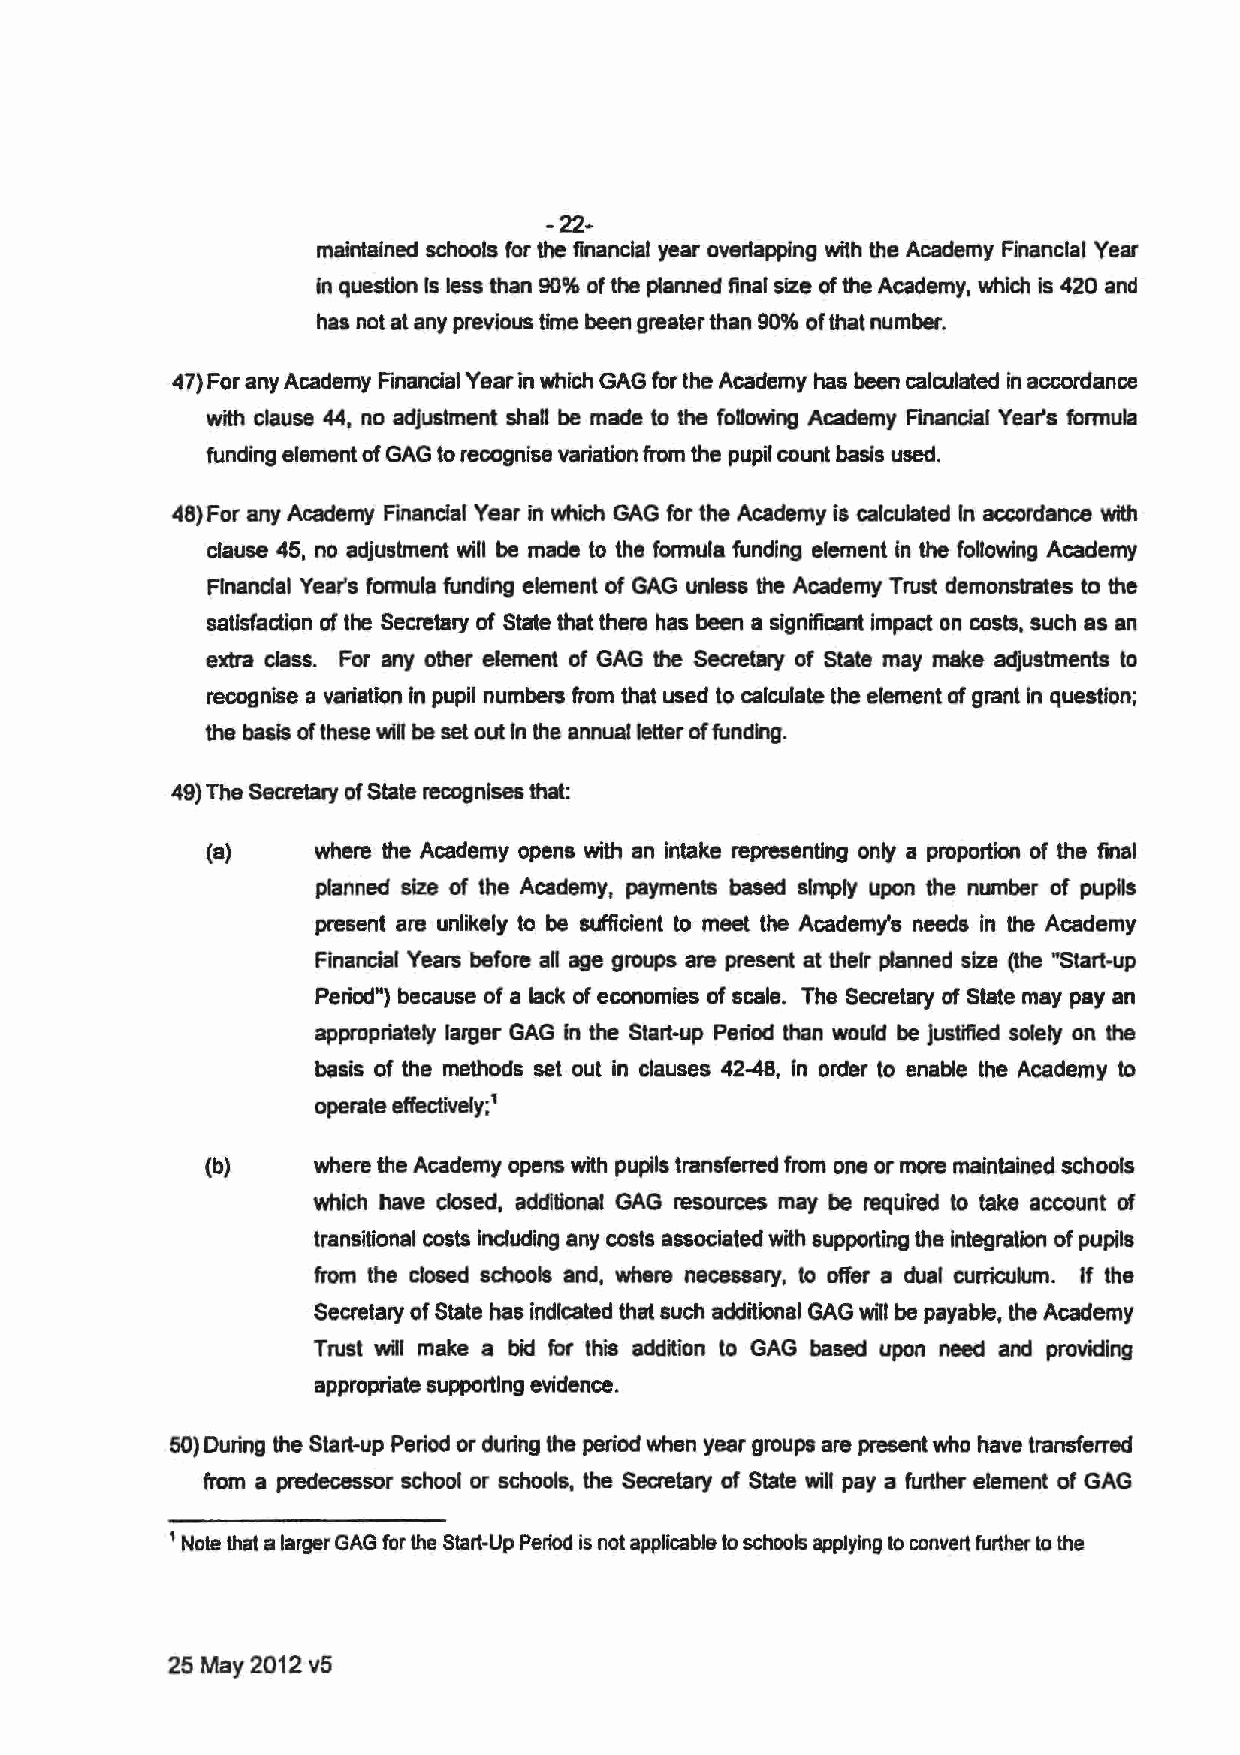
-22-
 maintained schools for the financial year overlapping with the Academy Financial YeaJ
 in question Is less than 90% of the planned final size of the Academy, which is 420 and
 has not at any previous time been greater than 90% of that number.
 47) For any Academy Rnancial Year in which GAG for the Academy has been calculated in accordance
 with clause 44, no adjustment shan be made to the foDowing Academy Fmancial Year's formula
 funding element of GAG to recognise variation from the pupil count basis used.
 48)For any Academy Financial Year in which GAG for the Academy is calculated In accordance with
 clause 45, no adjustment will be made to the formula funding element in the following Academy
 Financial Year's formula funding element of GAG unless the Academy Trust demonstrates to the
 satisfaction of the Secretary of State that there has been a significant impact on costs, such as an
 extra class. For any other element of GAG the Secretary of State may make adjustments to
 recognise a variation In pupil numbers from that used to calculate the element of grant In question;
 the basis of these wiD be set out In the annual letter of funding.
 49) The Secretary of State recognises that:
 (a)    where the Academy opens with an intake representing only a proportion of the final
 planned size of the Academy, payments based simply upon the number of pupils
 present are unlikely to be sufficient to meet the Academy's needs In the Academy
 Financial Years before an age groups are present at their planned size (the "Start-up
 PeriodN) because of a lack of economies of scale. The Secretary of State may pay an
 appropriately larger GAG in the Start-up Period than would be justified solely on the
 basis of the methods set out in clauses 42-48, In order to enable the Academy to
 operate effectively;1
 (b)    where the Academy opens with pupils transferred from one or more maintained schools
 which have closed, additional GAG resources may be required to take account of
 transitional costs including any costs associated with supporting the integration of pupils
 from the closed schools and, where necessary, to offer a dual curriculum. If the
 Secretary of State has indicated that such additional GAG will be payable, the Academy
 Trust will make a bid for this addition to GAG based upon need and providing
 appropriate supporting evidence.
 50) During the Start-up Period or during the period when year groups are present who have transferred
 from a predecessor school or schools, the Secretary of State will pay a further element of GAG
 1 Note that a larger GAG for the Start-Up Period is not applicable to schools applying to convert further to the
 25 May 2012 v5